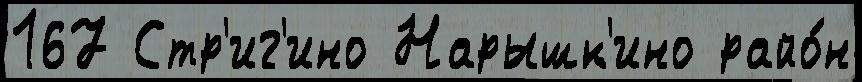
167 Стр'иг'ино Нарышк'ино райо́н